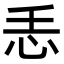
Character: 𢗩